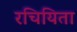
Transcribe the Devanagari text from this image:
रचियिता